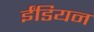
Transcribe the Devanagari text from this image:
ईंडियन